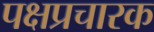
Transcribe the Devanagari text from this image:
पक्षप्रचारक